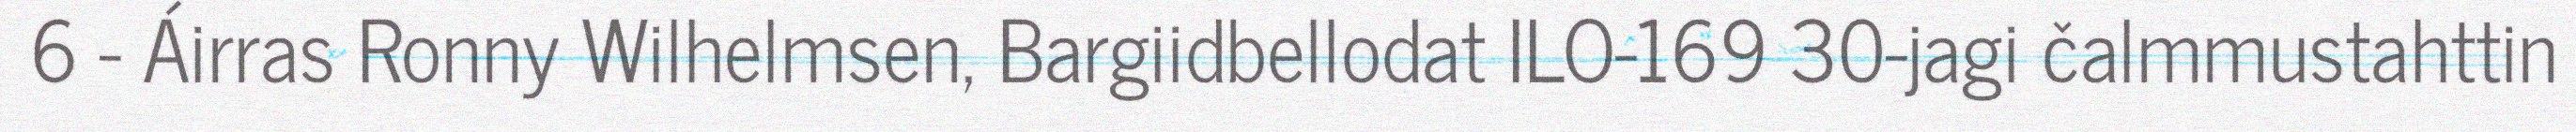
6 - Áirras Ronny Wilhelmsen, Bargiidbellodat ILO-169 30-jagi čalmmustahttin